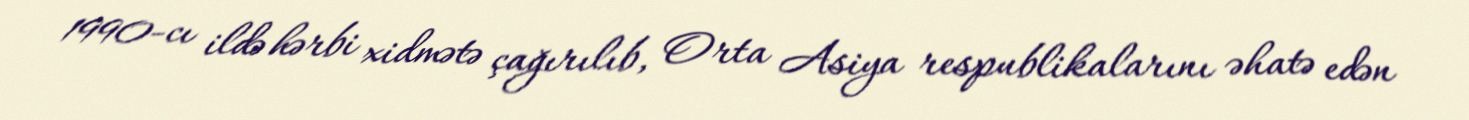
1990-cı ildə hərbi xidmətə çağırılıb, Orta Asiya respublikalarını əhatə edən